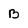
Character: B